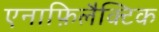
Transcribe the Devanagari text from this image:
एनाफ़िलैक्टिक